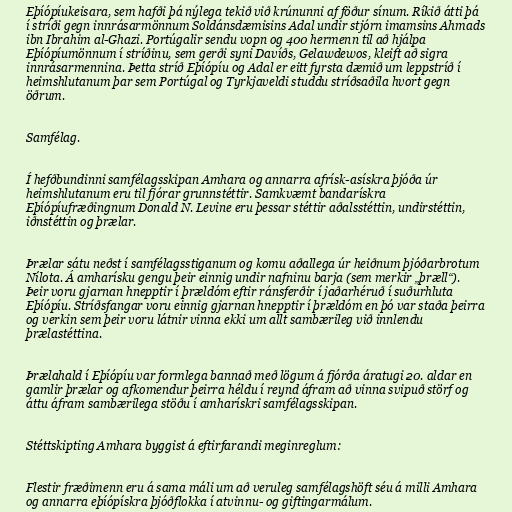
Eþíópíukeisara, sem hafði þá nýlega tekið við krúnunni af föður sínum. Ríkið átti þá
í stríði gegn innrásarmönnum Soldánsdæmisins Adal undir stjórn imamsins Ahmads
ibn Ibrahim al-Ghazi. Portúgalir sendu vopn og 400 hermenn til að hjálpa
Eþíópíumönnum í stríðinu, sem gerði syni Davíðs, Gelawdewos, kleift að sigra
innrásarmennina. Þetta stríð Eþíópíu og Adal er eitt fyrsta dæmið um leppstríð í
heimshlutanum þar sem Portúgal og Tyrkjaveldi studdu stríðsaðila hvort gegn
öðrum.

Samfélag.

Í hefðbundinni samfélagsskipan Amhara og annarra afrísk-asískra þjóða úr
heimshlutanum eru til fjórar grunnstéttir. Samkvæmt bandarískra
Eþíópíufræðingnum Donald N. Levine eru þessar stéttir aðalsstéttin, undirstéttin,
iðnstéttin og þrælar.

Þrælar sátu neðst í samfélagsstiganum og komu aðallega úr heiðnum þjóðarbrotum
Nílota. Á amharísku gengu þeir einnig undir nafninu barja (sem merkir „þræll“).
Þeir voru gjarnan hnepptir í þrældóm eftir ránsferðir í jaðarhéruð í suðurhluta
Eþíópíu. Stríðsfangar voru einnig gjarnan hnepptir í þrældóm en þó var staða þeirra
og verkin sem þeir voru látnir vinna ekki um allt sambærileg við innlendu
þrælastéttina.

Þrælahald í Eþíópíu var formlega bannað með lögum á fjórða áratugi 20. aldar en
gamlir þrælar og afkomendur þeirra héldu í reynd áfram að vinna svipuð störf og
áttu áfram sambærilega stöðu í amharískri samfélagsskipan.

Stéttskipting Amhara byggist á eftirfarandi meginreglum:

Flestir fræðimenn eru á sama máli um að veruleg samfélagshöft séu á milli Amhara
og annarra eþíópískra þjóðflokka í atvinnu- og giftingarmálum.